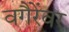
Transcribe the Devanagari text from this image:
वगैरेंवर